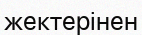
жектерінен